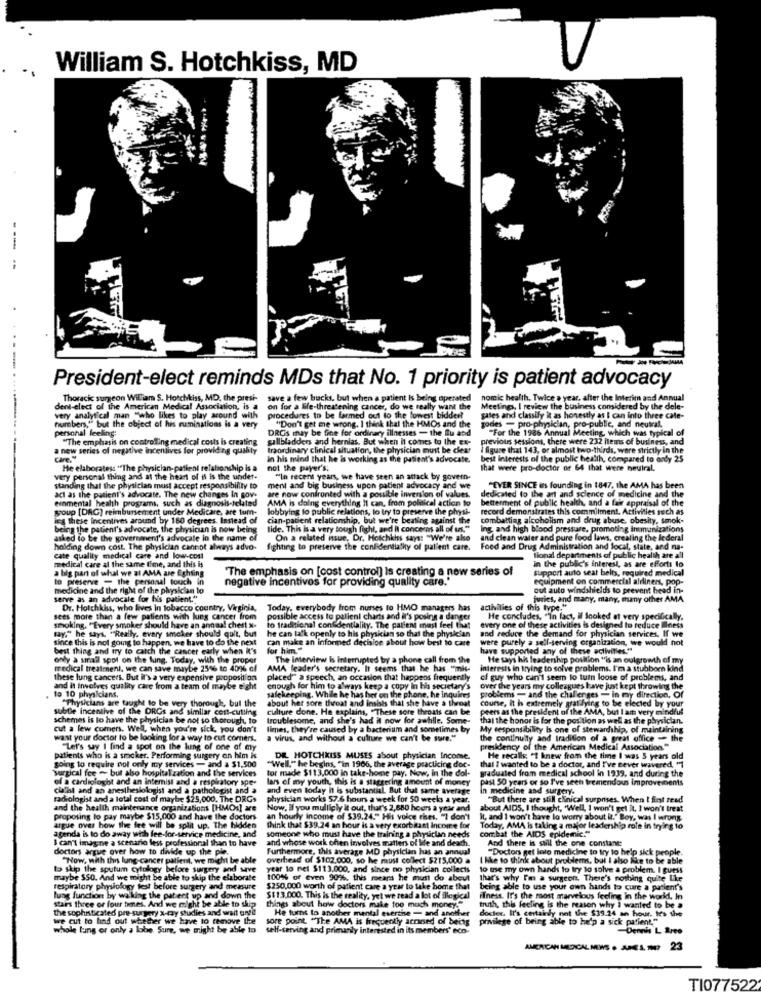
William S. Hotchkiss, MD
---
----
President-elect reminds MDs that No. 1 priority is patient advocacy
. ....
Thoracic surgeon Wiliam S. Horchkiss, MD. the presi-
save a few bucks, but when a patient is being operated
nomic health. Twice a year, after the Interim and Annual
dent-elect of the American Medical Association, is a
on for a life-threatening cancer, do we really want the
Meetings, I review the business considered by the dele-
numbers," but the object of his ruminations is a very
very analytical man "who likes to play around with
procedures to be farmed out to the lowest bidder?
"Don't get me wrong. I think that the HMOs and the
gates and classily it as honestly as I can into three cate-
personal feeling:
DROs may be fine for ordinary illnesses - the Bu and
godles - pro-physician, pro-public, and neutral.
godes
"For the 1986 Annual Meeting, which was typical of
"The emphasis on controlling medical costs is creating
gallbladders and hernias. But when it comes to the ex-
previous sessions, there were 232 hems of business, and
new series of negative incentives for providing quality
traordinary clinical situation, the physician must be clear
I figure that 143, or almost two-thirds, were strictly in the
In his mind that he is working as the patient's advocate.
best Interests of the public health, compared to andy 25
He elaborates: "The physician-patient relationship is a
not the payer's:
that were pro-doctor or 64 that were heuiral.
very personal thing and at the heart of il is the undet.
"In recent years, we have seen an attack by govern.
iding that the physician must accept responsibility to
ment and big business upon patient advocacy and we
"EVER SINCE is founding in 1847, the AMA has been
emmental health programs, such as diagnosis-related
the patient's advocate. The new changes In gov-
are now confronted with a possible inversion of values.
AMA is doing everything It can, from polaical action to
dedicated to the art and science of medicine and the
betterment of public health, and a fair appraisal of the
soup [DAG) reimbursement under Medicare, are tum-
lobbying to public relations, lo try to preserve the physi-
record demonstrates this commilment. Activities such as
jeg these incentives around by 160 degrees. Instead of
cian-patient relationship, but we're beating against the
combattiag alcoholism and drug abuse, obesity, smok-
being the patient's advocate, the physician is now being
lide. This is a very tough fight, and [ concerns all of us."
Ing. and high blood pressure. promoting Immunizations
asked to be the government's advocate in the name of
On a related issue, Dr. Hotchkiss says: "We're also
and clean water and pure food laws, creating the federal
holding down cost. The physician cannot always advo-
fighting to preserve the confidentiality of patient care.
Food and Drug Administration and local, state, and na-
cate quality medical care and low-cost
medical care al the same time, and this is
Ilonal departments of public health are all
in the public's interest, as are efforts lo
a big part of what we al AMA are Eghting
"The emphasis on [cost control) Is creating a new series of
support auto seat belts, required medical
to preserve - the personal touch in
negative incentives for providing quality care.
equipment on commercial aldiners, pop-
medicine and the right of the physician to
out auto windshields to prevent bead in-
serve as an advocate for his patient."
turies, and many, many, many other AMA
Dr. Hotchkiss, who lives In tobacco country, Virginia, Today, everybody from nurses to HMO managers has
activities of this type."
sees more than a few patients with lung cancer from
possible access to palieni charts and it's posing a danger
He concludes, "In fact, il looked at very specifically.
tay," he says, "Really, evary smoker should quit, but
smoking. "Every smoker should have an annual chest x-
to traditional confidentiality. The patient mast feel that
he can la'k openly to his physician so that the physician
every one of these activities is designed to reduce Illness
and reduce the demand for physician services. If we
since this is not going to happen, we have to do the next
Can make an informed decision about how best to care
were purely a sell-serving organization, we would not
best thing and try to catch the cancer early when it's
for him."
have supported any of these activities."
only a small spot on the lung. Today, with the proper
The Interview is interrupted by a phone call from the
He Says his leadership poillion "is an oulgrowth of my
medical treatment, we can save maybe 256 to 4096 of
AMA leader's secretary. It seems that he has "mis-
interests in trying to solve problems. I'm a stubborn kind
these lung cancers. But it's a very expensive proposition
placed"" a speech, an occasion that happens frequently
el guy who can't seem to turn loose of problems, and
fo 10 physicians.
and It involves quality care from a team of maybe eight
enough for him to always keep a copy in his secretary's
over the years my colleagues have just kept throwing the
"Physicians are taught to be very thorough, but the
safekeeping, While he has her on the phone, he inquires
about her sore throat and insbis that she have a throat
problems - and the challenges - in my direction, Of
course, it is extremely gratifying to be elected by your
subtle incentive of the ORGs and similar cost-culling
culture done. He explains, "These sore throats can be
peers as the president of the AMA, but I am very mindful
schemes is lo have the physician be not so thorough, to
troublesome, and she's had il now for awhile. Some-
that the honor is for the position as well as the physician.
cut a lew comers. Well, when you're sick, you don't
limes, they're caused by a bacterium and sometimes by
My responsibility Is one of stewardship, of maintaining
wast your doctor to be looking for a way to cut comers.
a virus, and without a culture we can't be sure."
the continuity and tradition of a great office - the
"Let's say I find a spot on the lung of one of my
presidency of the American Medical Association."
going to require col only my services - and a $1,500
patients who is a smoker, Performing surgery on him is
DE HOTCHKISS MUSES about physician Income.
He recalls; "I knew from the time I was 5 years old
surgical fee - but also hospitali zation and the services
"Well." he begins, "in 1906, the average practicing doc-
tor made $113,000 in take-home pay. Now, In the dol-
graduated from medical school in 1939, and during the
that I wanted to be a doctor, and I've sever wavered. "1
of a cardiologist and an interist and a respiratory spe-
lars of my youth, this is a staggering amount of money
past 50 years or so I've seen tremendous improvements
cualht and an anesthesiologist and a pathologist and a
and even today it is substantial. But that same average
In medicine and surgery-
radiologist and a total cost of maybe $25,000. The DRGs
physician works 57.6 hours a week for 50 weeks a year.
"But there are still clinical surprises. When I fint read
and the health maintenance organizations [HMOs] are
Now. If you mulligly it out, that's 2,880 hours a year and
about AIDS, I thought, 'Well, I won't get It, I won't treat
proposing lo pay maybe $15,000 and have the doctors
an hourly income of $39.24." His voice rises. "I don't
It, and I won't have lo worry about it." Boy, was I wrong.
argue over how the fee will be split up. The hidden
agenda is to do away with fee-for-service medicine, and
someone who must have the training a physician needs
think that $39.24 an hour is a very exorbitant income for
combat the AIDS epidemic."
Today, AMA is taking a major leadership role in trying 10
I can't imagine a scenario less professional than to have
and whose work chen involves matters of Ide and death.
And there is still the one constant
doctors argue over how to divide up the ple.
Furthermore, this average MD physician has an annual
"Doctors get loro medicine to try to help sick people
"Now, with this lung cancer patient, we might be able
overhead of $102.000, so he must collect $215,000 a
I hike to think about problems, but I also like to be able
to skip the sputum cytology before surgery and save
year to nel $113.000, and since no physician collects
to me my own hands to try to solve a problem. I guess
maybe $50. And we might be able to skip the elaborate
100% of even 90%. this means he must do about
that's why I'm a surgeon. There's nothing quite Like
respiratory physiology test before surgery and measure
$250,000 worth of patient care a year to take home that
being able to use your own hands to cure a patient's
Stairs three or four times. And we might be able to skip
lung function by walking the patient up and down the
$$13.000. This is the reality, yet we read a lot of fllogical
ilness. It's the most marvelous feeling in the world, In
the sophisticated pre-surgery x-ray studies and wait until
things about how doctors make too much money."
He turns to another mental everthe - and another
truth, this feeling is the reason why I wanted to be a
we cut to find out whether we have to remove the
sore point "The AMA is frequently acraned of being privilege of being able to help a sick patient."
docter. It's certainly not the $39.24 an hour. Ie's the
whole tuing or only a lobe Sure, we might be able to
self-serving and primarily interested in Its members' eco-
Dennis L Bree
AMERICAN MEDICAL NEWS . ALSO
23
TI077522